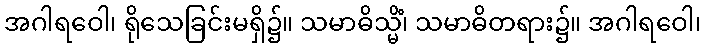
အဂါရဝေါ၊ ရိုသေခြင်းမရှိ၌။ သမာဓိသ္မိံ၊ သမာဓိတရား၌။ အဂါရဝေါ၊